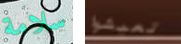
سلامة تعيشوا